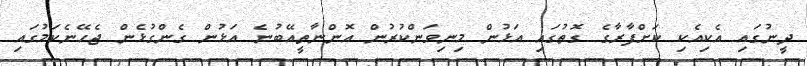
ދީނުގައި އެކިއެކި ކަށްފާރާގެ ގޮތުގައި އަޅުން މިނިވަންކުރުން އޮންނާތީއޭބުނެ އަޅުން ގެންގުޅެން ޖެހޭނެކަމުގައި